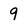
Character: 9